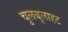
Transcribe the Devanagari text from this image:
चुलबुलाहट